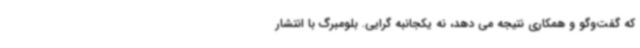
که گفت‌وگو و همکاری نتیجه می دهد، نه یکجانبه گرایی. بلومبرگ با انتشار